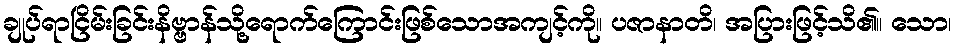
ချုပ်ရာငြိမ်းခြင်းနိဗ္ဗာန်သို့ရောက်ကြောင်းဖြစ်သောအကျင့်ကို။ ပဇာနာတိ၊ အပြားဖြင့်သိ၏။ သော၊